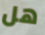
هل